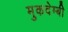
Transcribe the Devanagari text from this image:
मुकदेम्बी